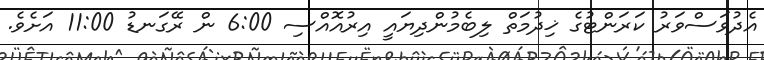
އެދުވަސްވަރު ކަރަންޓުގެ ޚިދުމަތް ލިބެމުންދިޔައީ އިރުއޮއްސި 6:00 ން ރޭގަނޑު 11:00 އަށެވެ.